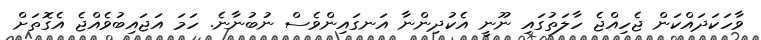
ވާހަކަދައްކަން ޖެހިއްޖެ ހާލަތުގައި ނޫނީ އެކުދިންނާ އަނގައިންވެސް ނުބުނާނެ. ހަމަ އަޖައިބުވެއްޖެ އެގޮތަށް